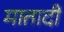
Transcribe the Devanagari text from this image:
मातादी